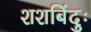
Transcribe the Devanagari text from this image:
शशबिंदुः